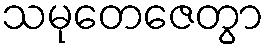
သမုတေဇေတွာ